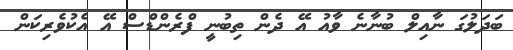
ބަދަލުގަ ނާއިލް ބުނާނެ ވާއު އޭ ދެން ތިބުނީ ފްރެންޑްސް އޭ އެކުވެރިކަން